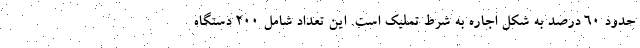
حدود ۶۰ درصد به شکل اجاره به شرط تملیک است. این تعداد شامل ۲۰۰ دستگاه